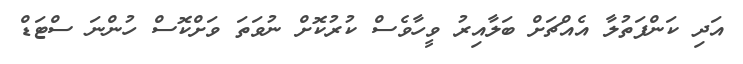
އަދި ކަންފަތުލާ އެއްޗަށް ބަލާއިރު ވީހާވެސް ކުރުކޮށް ނުވަތަ ވަށްކޮސް ހުންނަ ސްޓަޑް